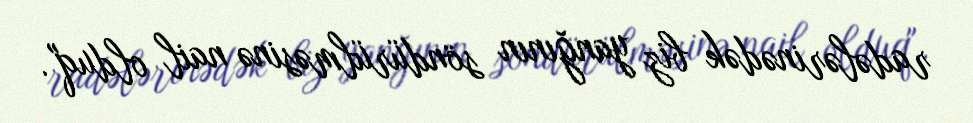
radələrinədək biz yanğının söndürülməsinə nail olduq".